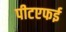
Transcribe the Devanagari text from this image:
पीटएफई